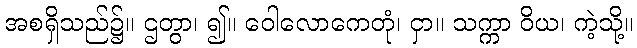
အစရှိသည်၌။ ဌတွာ၊ ၍။ ဝေါလောကေတုံ၊ ငှာ။ သက္ကာ ဝိယ၊ ကဲ့သို့။